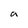
Character: a